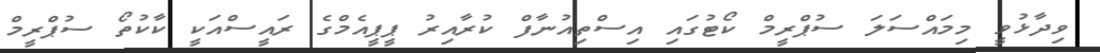
ވިދާޅުވީ މިމައްސަލަ ސުޕްރީމް ކޯޓުގައި އިސްތިއުނާފް ކުރާއިރު ޕީޕީއެމްގެ ރައީސްއަކީ ކާކުތޯ ސުޕްރީމް